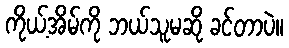
ကိုယ့်အိမ်ကို ဘယ်သူမဆို ခင်တာပဲ။